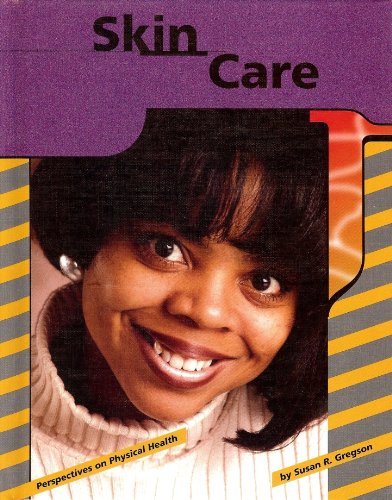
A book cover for Skin Care (Perspectives on Physical Health); Susan R. Gregson; Teen & Young Adult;